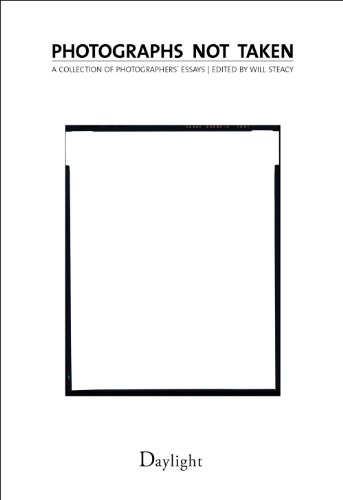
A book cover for Photographs Not Taken; Will Steacy; Arts & Photography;